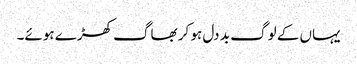
یہاں کے لوگ بد دل ہو کر بھاگ کھڑے ہوئے۔